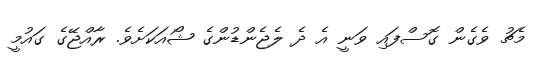
މެޗު ވެގެން ގޮސްފައި ވަނީ އެ ދެ ލެޖެންޑުންގެ ޝޯއަކަށެވެ. ރާއްޖޭގެ ގައުމީ